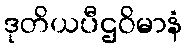
ဒုတိယပီဌဝိမာနံ